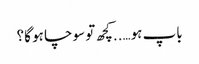
باپ ہو…..کچھ تو سوچا ہو گا؟